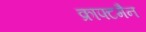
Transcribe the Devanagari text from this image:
क्राफ्टमैन